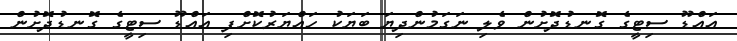
އައްޑޫ ސިޓީގެ ގޮނޑުދޮށުން ވެލި ނަގަމުންދިޔަ ބަޔަކު ހައްޔަރުކޮށްފި އައްޑޫ ސިޓީގެ ގޮނޑުދޮށުން